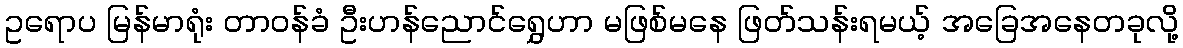
ဥရောပ မြန်မာရုံး တာဝန်ခံ ဦးဟန်ညောင်ရွှေဟာ မဖြစ်မနေ ဖြတ်သန်းရမယ့် အခြေအနေတခုလို့